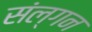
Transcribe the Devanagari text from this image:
संल्गन